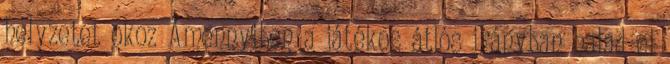
helyzetet okoz Amennyiben a játékos átlós irányban halad el